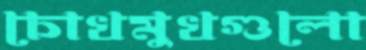
চোখমুখগুলো